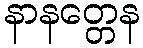
နာနတ္တေန